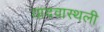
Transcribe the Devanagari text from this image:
यादवास्थली